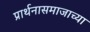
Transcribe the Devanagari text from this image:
प्रार्थनासमाजाच्या